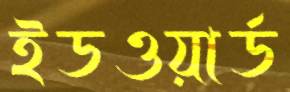
ইডওয়ার্ড